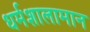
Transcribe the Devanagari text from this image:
धर्मशालामान